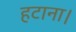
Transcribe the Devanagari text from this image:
हटाना।